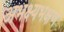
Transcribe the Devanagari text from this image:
अभक्ष्यभक्षण